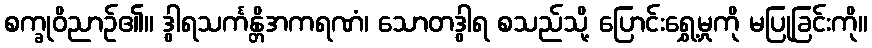
စက္ခုဝိညာဉ်၏။ ဒွါရသင်္ကန္တိအကရဏံ၊ သောတဒွါရ စသည်သို့ ပြောင်းရွှေ့မှုကို မပြုခြင်းကို။